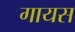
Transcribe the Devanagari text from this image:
गायस